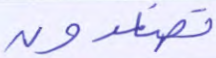
تصعدون